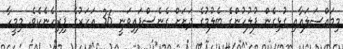
މިމައްސަލައާއި ގުޅިގެން ފުލުހުންގެ ބެލުމުގެ ދަށަށް ގެނެސްފައިވަނީ 36 އަހަރުގެ ފިރިހެނެކެވެ. މިމީހާ